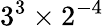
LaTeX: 3^{3}\times 2^{-4}